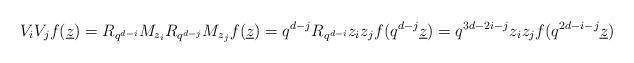
LaTeX: \begin{align*}V_iV_jf(\underline{z})=R_{q^{d-i}}M_{z_i}R_{q^{d-j}}M_{z_j}f(\underline{z})=q^{d-j}R_{q^{d-i}}z_iz_jf(q^{d-j}\underline{z})=q^{3d-2i-j}z_iz_jf(q^{2d-i-j}\underline{z})\end{align*}